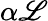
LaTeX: \alpha{\mathscr{L}}